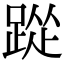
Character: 踨